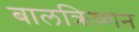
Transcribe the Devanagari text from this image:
बालक्रिष्णन